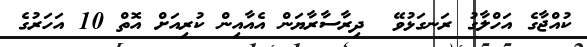
ކުއްޖާގެ އަހްލާގު ރަނގަޅުވޭ  ދިރާސާރާޔަން އެއާއިން ކުރިއަށް އޮތް 10 އަހަރުގެ